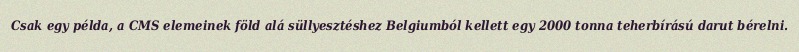
Csak egy példa, a CMS elemeinek föld alá süllyesztéshez Belgiumból kellett egy 2000 tonna teherbírású darut bérelni.